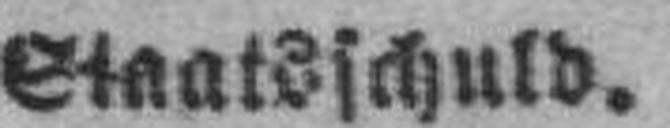
Staatsschuld.